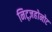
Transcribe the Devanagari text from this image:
निट्ज़होनोट